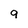
Character: 9